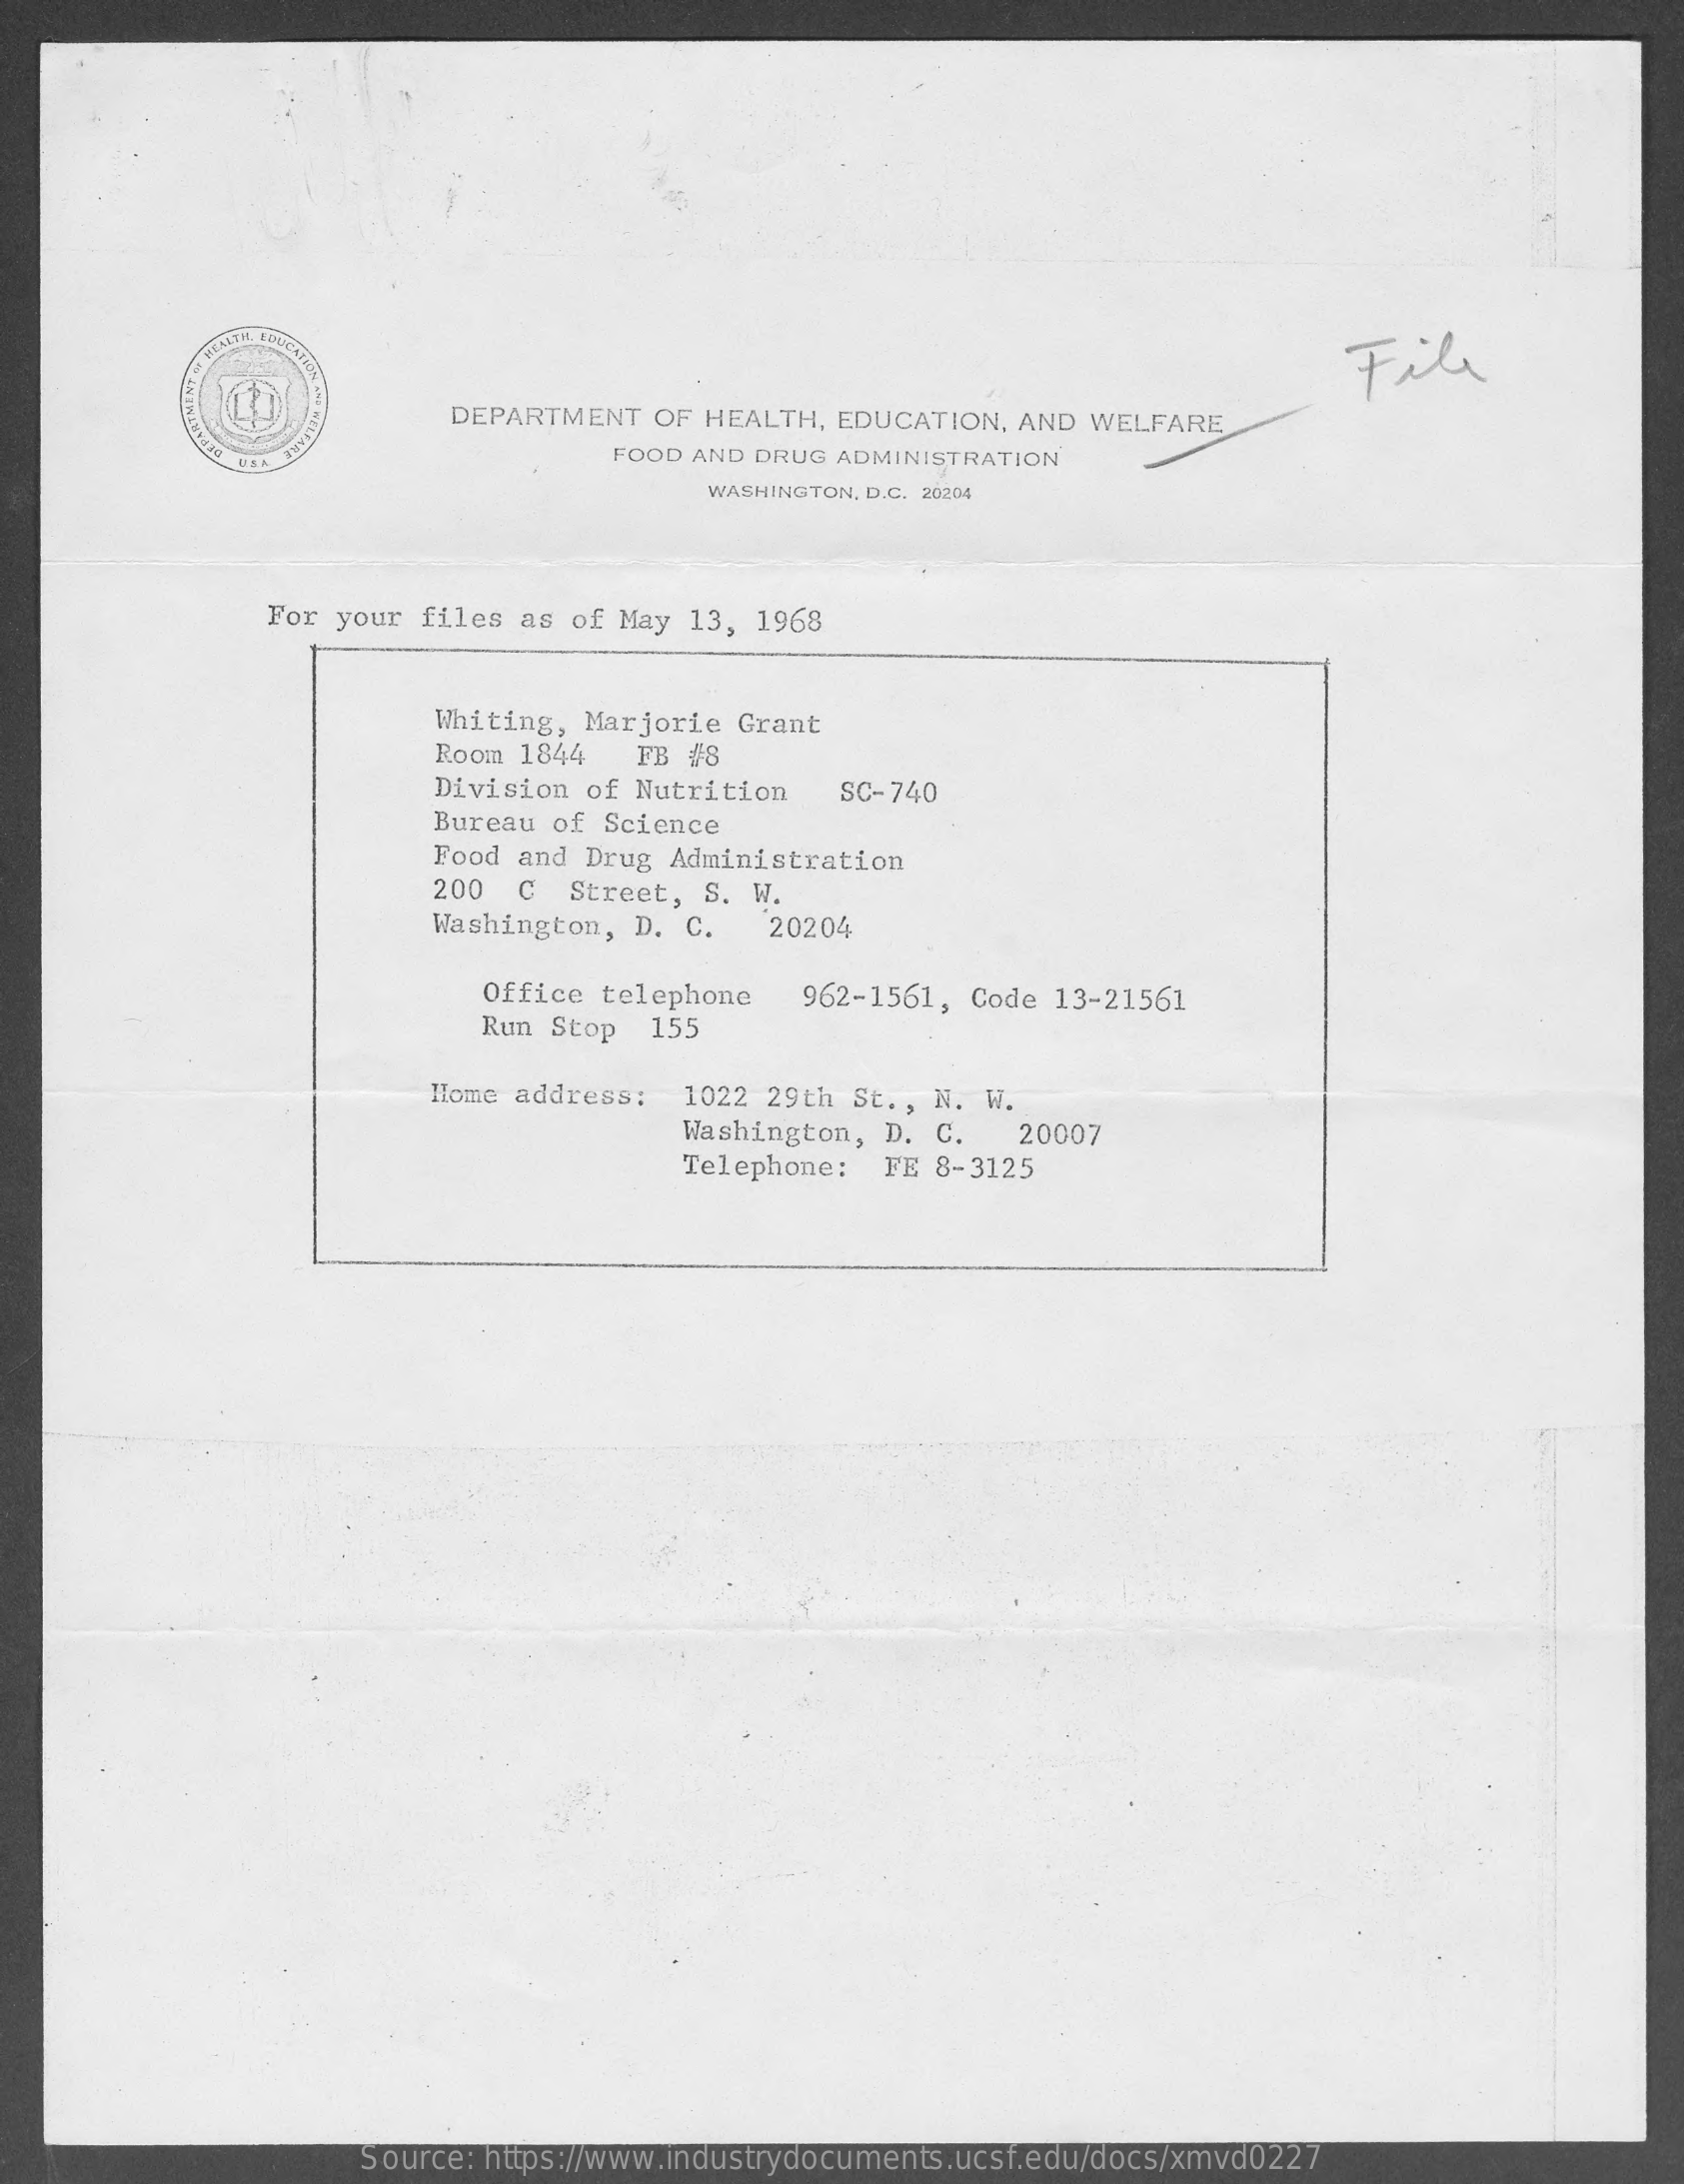
S HEALTIL LOUCADA    File
     DEPARTMENT  OF HEALTH,  EDUCATION, AND WELFARE
     FOOD AND DRUG ADMINISTRATION
     WASHINGTON, D.C. 20204
     For your files as of May 13,  1968
     Whiting, Marjorie Grant
     Room 1844   FB #8
     Division of Nutrition    SC-740
     Bureau of Science
     Food and Drug Administration
     200  C  Street, S. W.
     Washington, D. C.   20204
     Office telephone    962-1561, Code 13-21561
     Run Stop  155
     Home address:  1022 29th St ., N. W.
     Washington, D. C.    20007
     Telephone:  FE 8-3125
     Source: https://www.industrydocuments.ucsf.edu/docs/xmvd0227